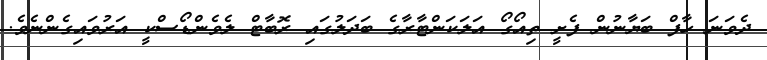
ދެވަނަ ހާފް ބަޔާނުން ފެށީ ތިއޯގޯ އަލަކަންޓާރާގެ ބަދަލުގައި ރޮބާޓް ލެވެންޑޯސްކީ އަރުވައިގެންނެވެ.